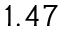
1 . 4 7